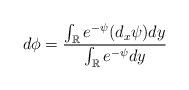
LaTeX: \begin{align*}d \phi = \frac{\int_{\mathbb R} e^{-\psi} (d_x {\psi}) dy}{\int_{\mathbb R} e^{-\psi} dy}\end{align*}